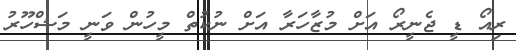
ރިއޯ ޑީ ޖެނީރޯ އަށް މުޒާހަރާ އަށް ނުކުތް މީހުން ވަނީ މަޝްހޫރު